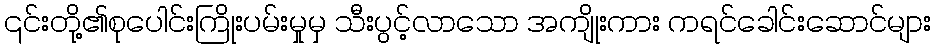
၎င်းတို့၏စုပေါင်းကြိုးပမ်းမှုမှ သီးပွင့်လာသော အကျိုးကား ကရင်ခေါင်းဆောင်များ